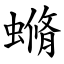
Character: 䗛